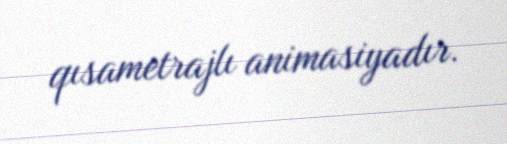
qısametrajlı animasiyadır.